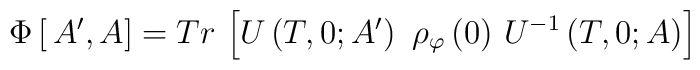
\Phi \left[ \,A^{\prime },A\right] =Tr\,\left[ U\left(T,0;A^{\prime }\right) \,\,\rho _\varphi \left( 0\right) \,U^{-1}\left(T,0;A\right) \right]